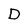
Character: D